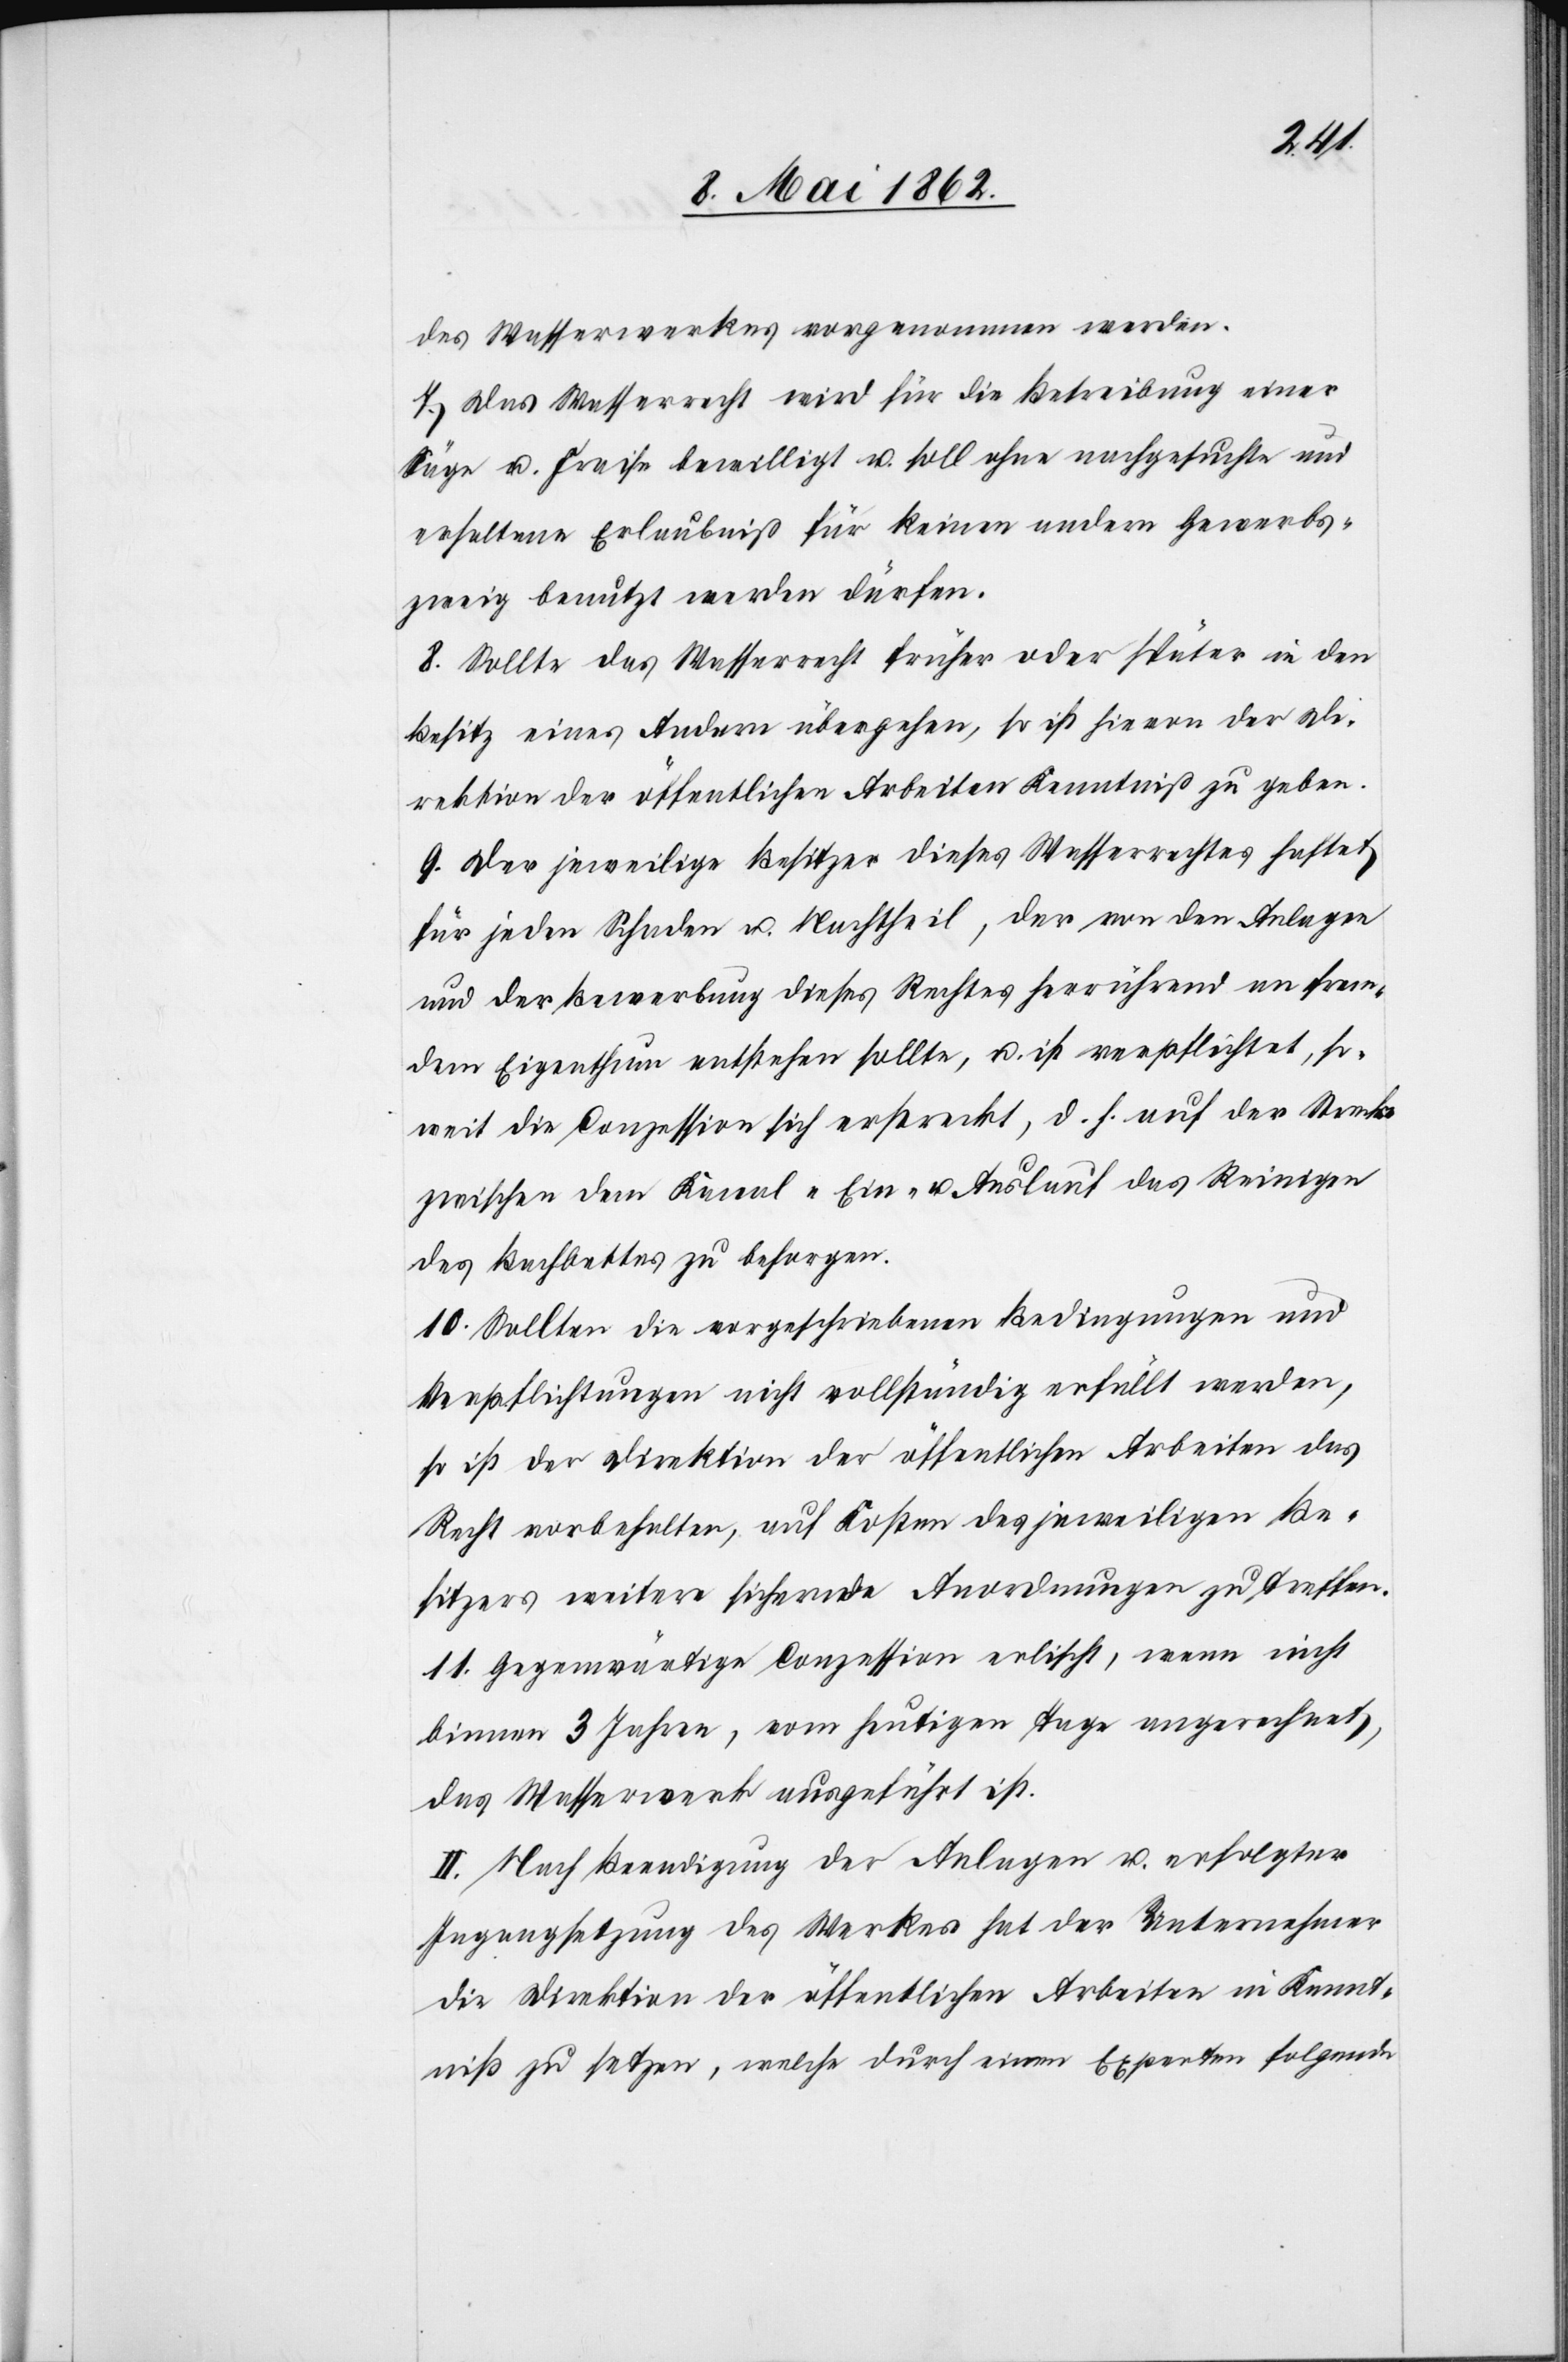
des Wasserwerkes vorgenommen werden.
7. Das Wasserrecht wird für die Betreibung einer
Säge u. Freise bewilligt u. soll ohne nachgesuchte und
erhaltene Erlaubniß für keinen andern Gewerbs¬
zweig benutzt werden dürfen.
8. Sollte das Wasserrecht früher oder später in den
Besitz eines Andern übergehen, so ist hievon der Di¬
rektion der öffentlichen Arbeiten Kenntniß zu geben.
9. Der jeweilige Besitzer dieses Wasserrechtes haftet
für jeden Schaden u. Nachtheil, der von den Anlagen
und der Bewerbung dieses Rechtes herrührend an frem¬
dem Eigenthum entstehen sollte, u. ist verpflichtet, so¬
weit die Conzession sich erstreckt, d. h. auf der Strecke
zwischen dem Kanal-[,] Ein- u. Auslauf das Reinigen
des Bachbettes zu besorgen.
10. Sollten die vorgeschriebenen Bedingungen und
Verpflichtungen nicht vollständig erfällt werden,
so ist der Direktion der öffentlichen Arbeiten das
Recht vorbehalten, auf Kosten des jeweiligen Be¬
sitzers weitere sichernde Anordnungen zu treffen.
11. Gegenwärtige Conzession erlischt, wenn nicht
binnen 3 Jahren, vom heutigen Tage angerechnet,
das Wasserwerk ausgeführt ist.
II. Nach Beendigung der Anlagen u. erfolgter
Ingangsetzung des Werkes hat der Unternehmer
die Direktion der öffentlichen Arbeiten in Kennt¬
niß zu setzen, welche durch einen Experten folgende